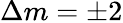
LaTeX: \Delta m=\pm 2